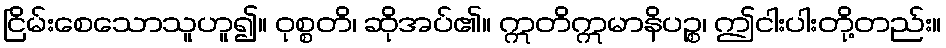
ငြိမ်းစေသောသူဟူ၍။ ဝုစ္စတိ၊ ဆိုအပ်၏။ ဣတိဣမာနိပဉ္စ၊ ဤငါးပါးတို့တည်း။